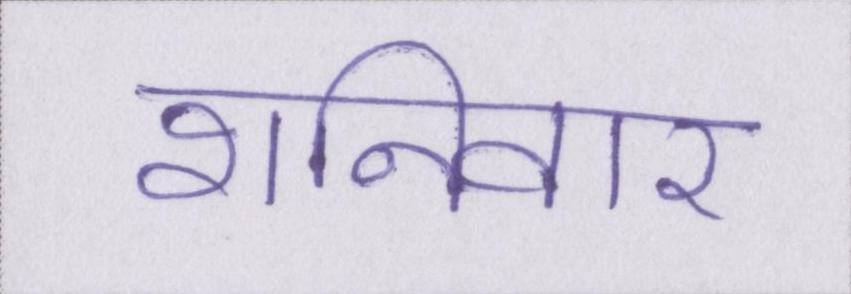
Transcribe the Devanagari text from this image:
शनिवार